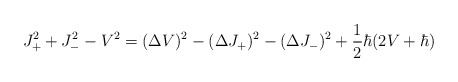
\begin{align*} J_+^2+J_-^2-V^2= (\Delta V)^2-(\Delta J_+)^2-(\Delta J_-)^2+\frac{1}{2} \hbar(2V+\hbar)\end{align*}